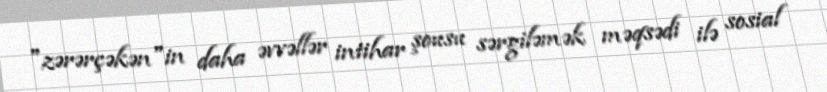
"zərərçəkən"in daha əvvəllər intihar şousu sərgiləmək məqsədi ilə sosial